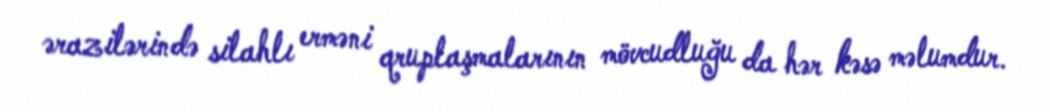
ərazilərində silahlı erməni qruplaşmalarının mövcudluğu da hər kəsə məlumdur.